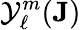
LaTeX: {\mathcal{Y}}_{\ell}^{m}({\mathbf{J}})